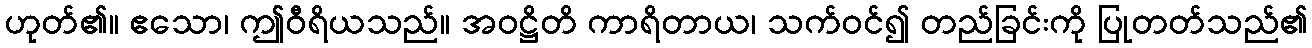
ဟုတ်၏။ ဧသော၊ ဤဝီရိယသည်။ အဝဋ္ဌိတိ ကာရိတာယ၊ သက်ဝင်၍ တည်ခြင်းကို ပြုတတ်သည်၏